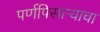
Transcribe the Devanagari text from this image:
पर्णपिसाऱ्याचा